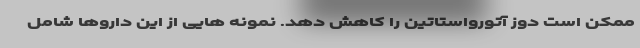
ممکن است دوز آتورواستاتین را کاهش دهد. نمونه هایی از این داروها شامل